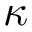
\kappa